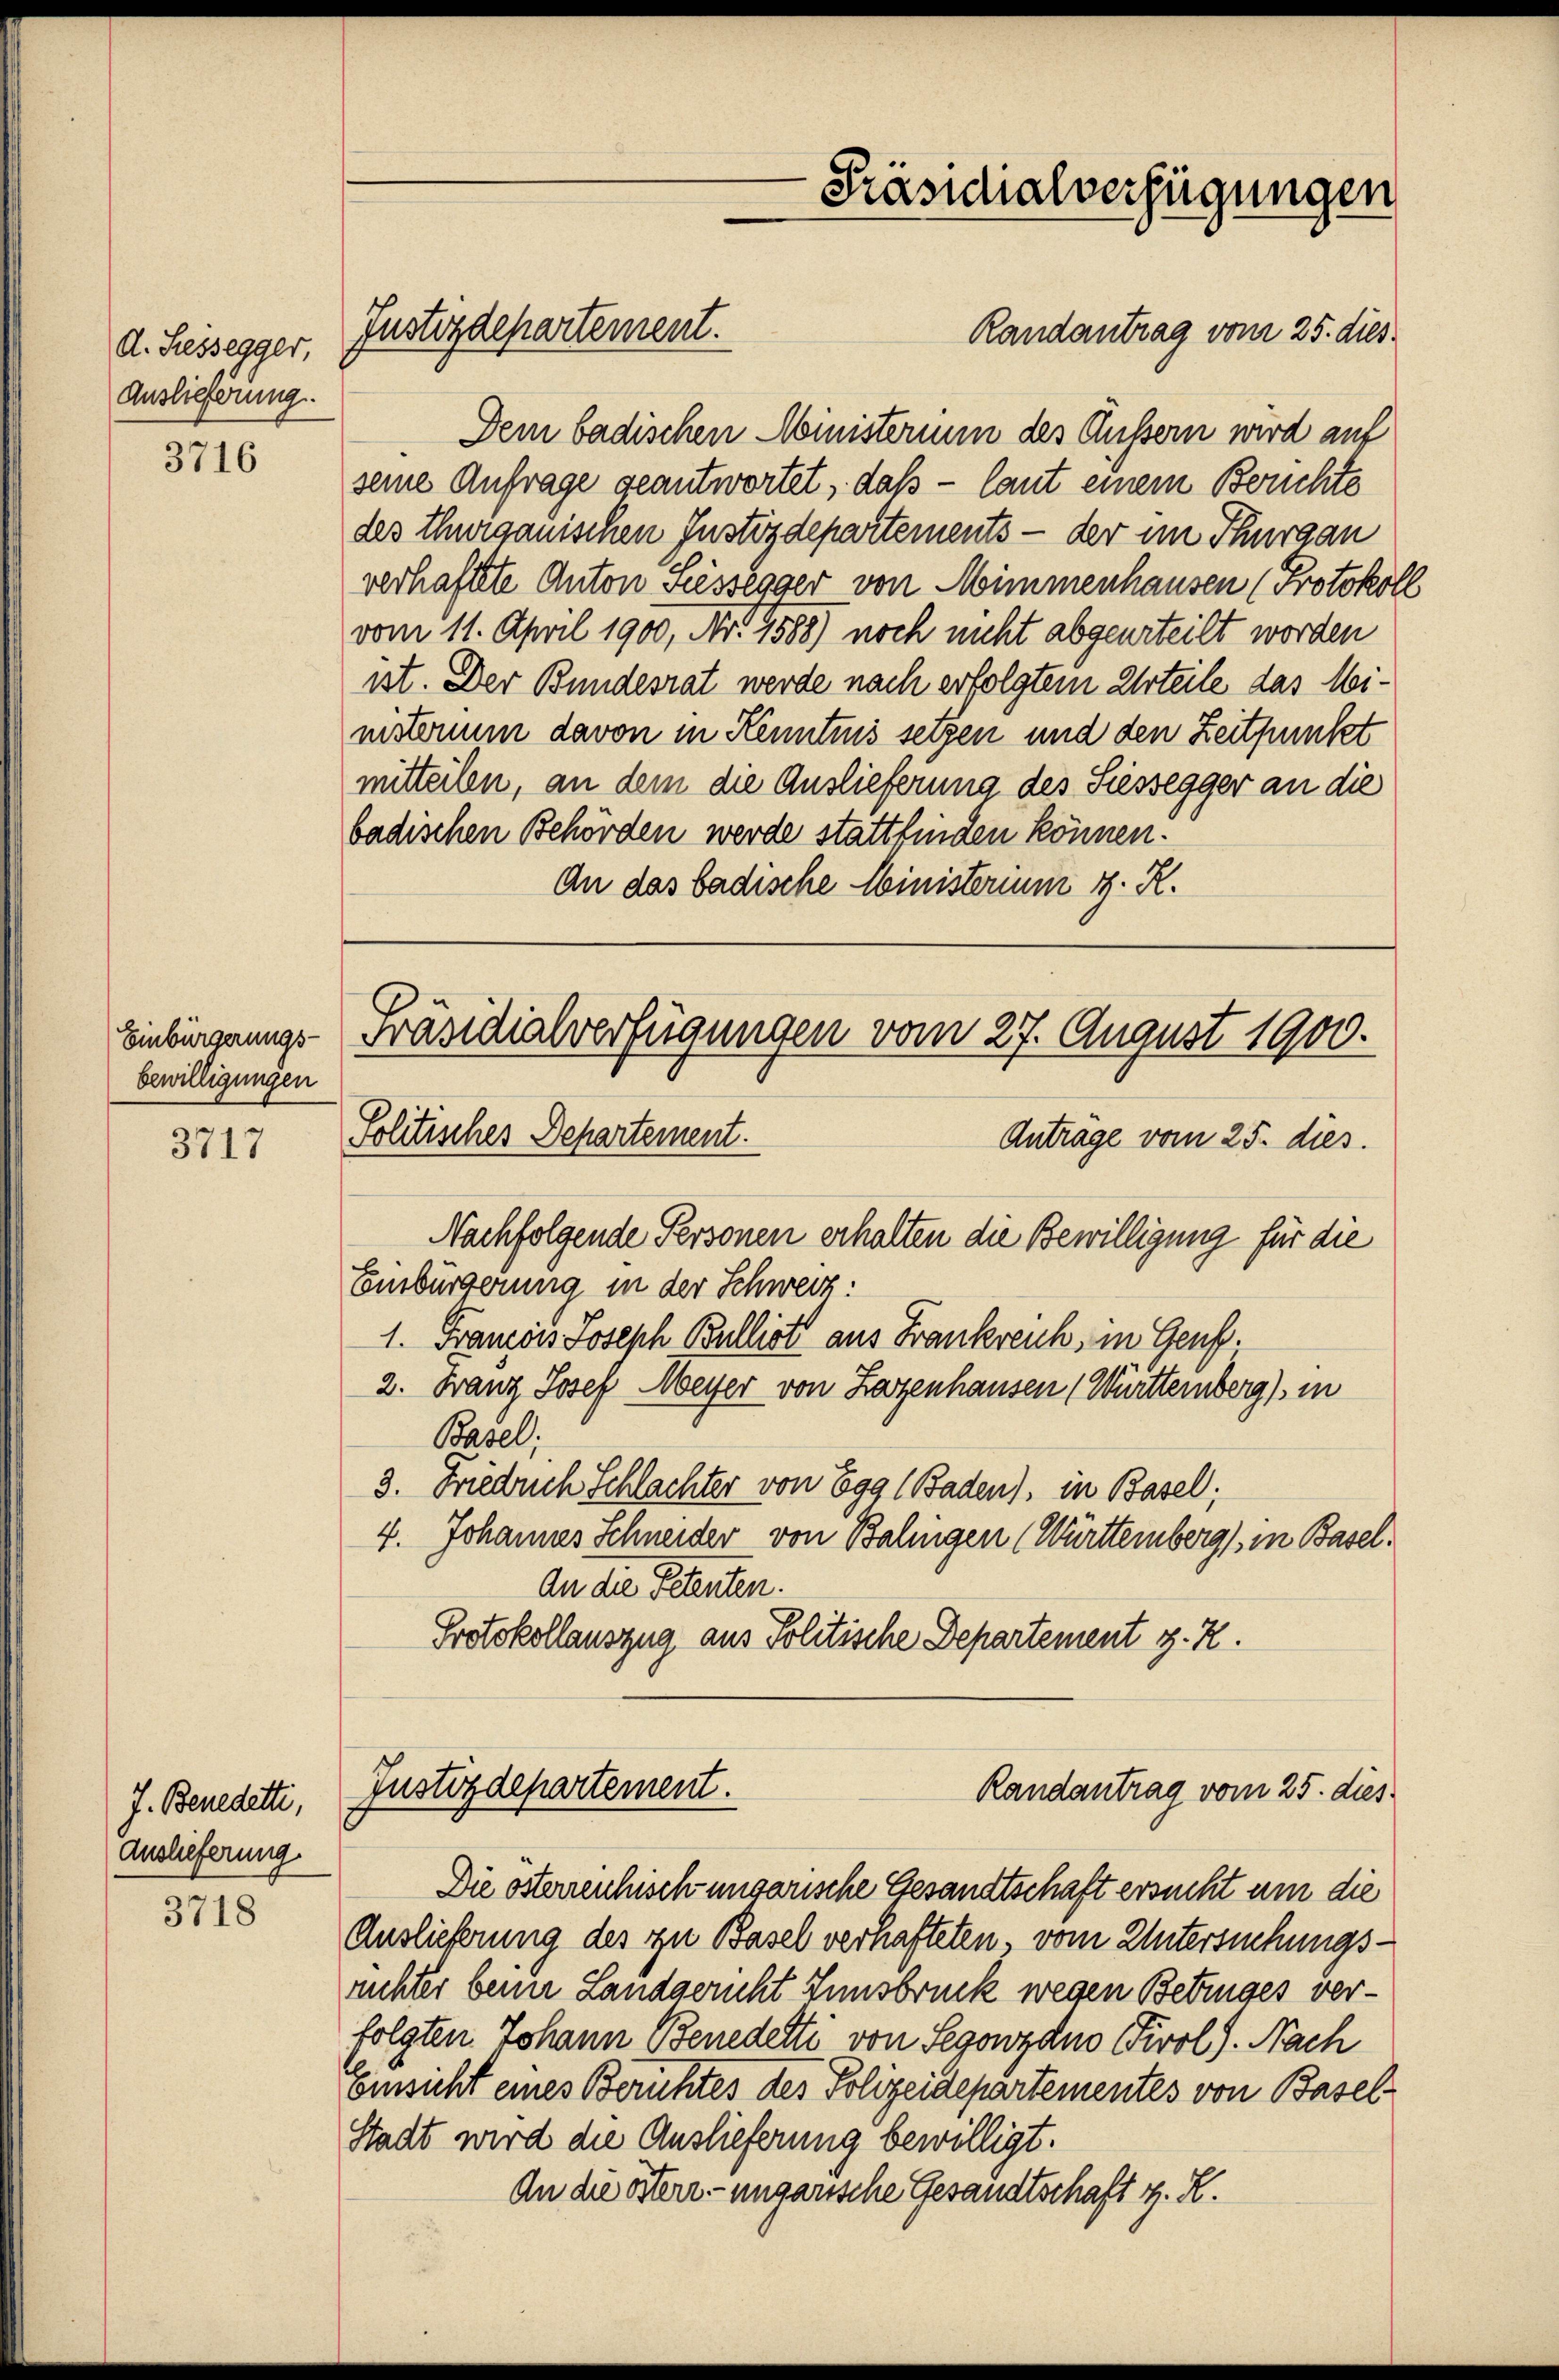
d. Liessegger,
Auslieferung.

3716

Einbürgerungs-
bewilligungen

3717

J. Benedetti,
Auslieferung

3718

Randantrag vom 25. dies
Dem badischen Ministerium des Äussern wird auf
seine Anfrage geantwortet, daß – laut einem Berichte
des Thurgauischen Justizdepartements - der im Thurgau
verhaftete Anton Seissegger von Himmenhausen (Protokoll
vom 11. April 1900, Nr. 19,588) noch nicht abgeurteilt worden
ist. Der Bundesrat werde nach erfolgtem Urteile das Mimisterium davon in Kenntnis setzen und den Zeitpunkt
mitteilen, an dem die Auslieferung des Siessegger an die
badischen Behörden werde stattfinden können.
An das badische Ministerium d. R.

Justizdepartement.

Nachfolgende Personen erhalten die Bewilligung für die
Emsbürgerung in der Schweiz:
1. Franzois Joseph Bullist aus Frankreich, in Genf.
2. Franz Josef Meyer von Lazenhausen (Württernberg), in
Poasel,
3. Friedrich Schlachter von Egg (Baden), in Basel;
4. Johannes Schneider von Balingen (Württemberg), in Basel¬
An die Petenten.
Protokollauszug aus Politische Departement z. Z.

Die osterrenhisch ungarische Gesandtschaft ersucht um die
Auslieferung des zu Basel verhafteten, vom Untersuchungsrichter beim Landgericht Innsbruck wegen Betruges verfolgten Johann Benedelti von Segowzdno Tirol). Nach
Einsicht eines Berichtes des Polizeidepartementes von Basel¬
Stadt wird die Auslieferung bewilligt.
An die Herr ungarische Gesandtschaft z. R.

Präsidialverfügungen

Präsidialverfügungen vom 27. August 1900.
Politisches Departement.
Anträge vom 25. dies.

Justizdepartement.
Randantrag vom 25. dies